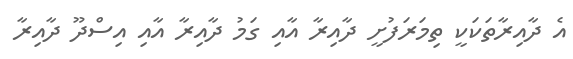
އެ ދާއިރާތަކަކީ ތިމަރަފުށީ ދާއިރާ އާއި ގަމު ދާއިރާ އާއި އިސްދޫ ދާއިރާ